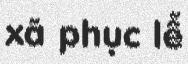
xã phục lễ